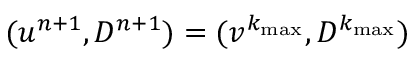
( u ^ { n + 1 } , D ^ { n + 1 } ) = ( v ^ { k _ { \operatorname* { m a x } } } , D ^ { k _ { \operatorname* { m a x } } } )